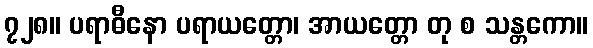
၇၂၈။ ပရာဓီနော ပရာယတ္တော၊ အာယတ္တော တု စ သန္တကော။